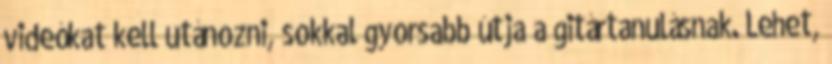
videókat kell utánozni, sokkal gyorsabb útja a gitártanulásnak. Lehet,